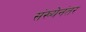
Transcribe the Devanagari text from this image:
संख्येनंतर